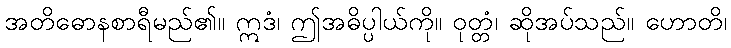
အတိဓောနစာရီမည်၏။ ဣဒံ၊ ဤအဓိပ္ပါယ်ကို။ ဝုတ္တံ၊ ဆိုအပ်သည်။ ဟောတိ၊